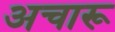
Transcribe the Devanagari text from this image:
अचारू